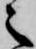
之